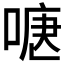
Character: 𭉍